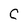
Character: C